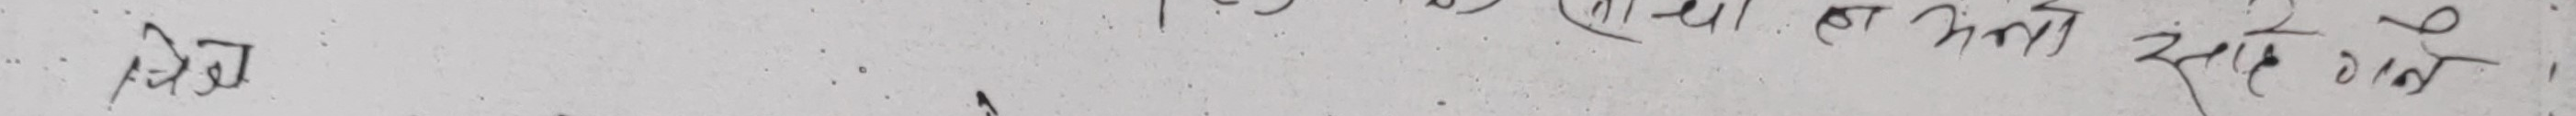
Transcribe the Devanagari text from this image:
मेथी